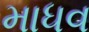
માધવ